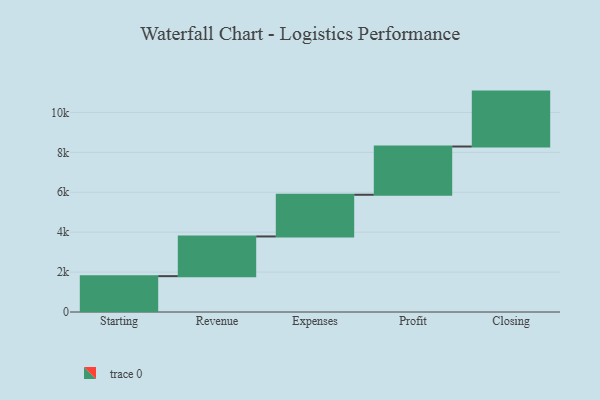
{"axis": {"x": "Step", "y": "Value"}, "legend": [""], "data": [{"x": "Starting", "y": 1796.0, "type": ""}, {"x": "Revenue", "y": 1990.0, "type": ""}, {"x": "Expenses", "y": 2090.0, "type": ""}, {"x": "Profit", "y": 2418.0, "type": ""}, {"x": "Closing", "y": 2752.0, "type": ""}]}